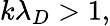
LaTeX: k\lambda_{D}>1,